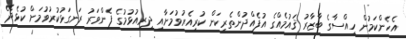
އެހެންކަމުން ހިއްސާގެ ބާޒާރު ޤައުމެއްގެ އުފެއްދުންތެރިކަން ކުރިއެރުވުމަށާއި ދިރިއުޅުމުގެ ފެންވަރު ރަނގަޅުކުރުވުމަށް ކުޅެދޭ